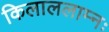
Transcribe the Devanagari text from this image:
किलाललाम्नः